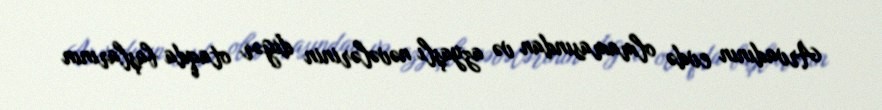
Arvadının evdə olmamasından və azyaşlı nəvələrinin digər otaqda başlarının